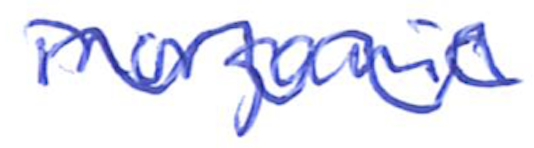
Text: inorganic
Cross-out: mix
Writing tool: ballpoint